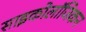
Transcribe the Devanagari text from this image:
साइकोलॉजिकन